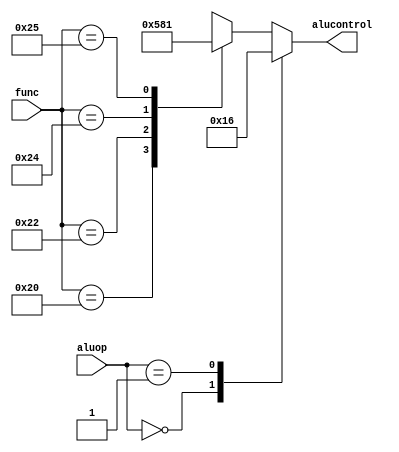
`timescale 1ns / 1ps

module ALUDecoder(
    input wire [5:0] func,
    input wire [1:0] aluop,
    output reg [2:0] alucontrol
    );
    
always@(*)
    begin
        case(aluop)
            2'b00: alucontrol <= 3'b010; //add for lw/sw/addi
            2'b01: alucontrol <= 3'b110; //sub for beq
        default:
            case(func) //RType instr
                6'b100000: alucontrol<= 3'b010; //add
                6'b100010: alucontrol<= 3'b110; //sub
                6'b100100: alucontrol<= 3'b000; //and
                6'b100101: alucontrol<= 3'b001; //or
                default: alucontrol <= 3'bxxx;
            endcase
        endcase
    end
endmodule